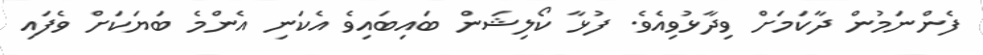
ފެންނަމުން ދާކަމަށް ވިދާޅުވިއެވެ. ފުޅާ ކޯލިޝަން ބައިބައިވެ އެކަނި އެންމެ ބަޔަކަށް ވެފައި